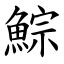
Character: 鯮